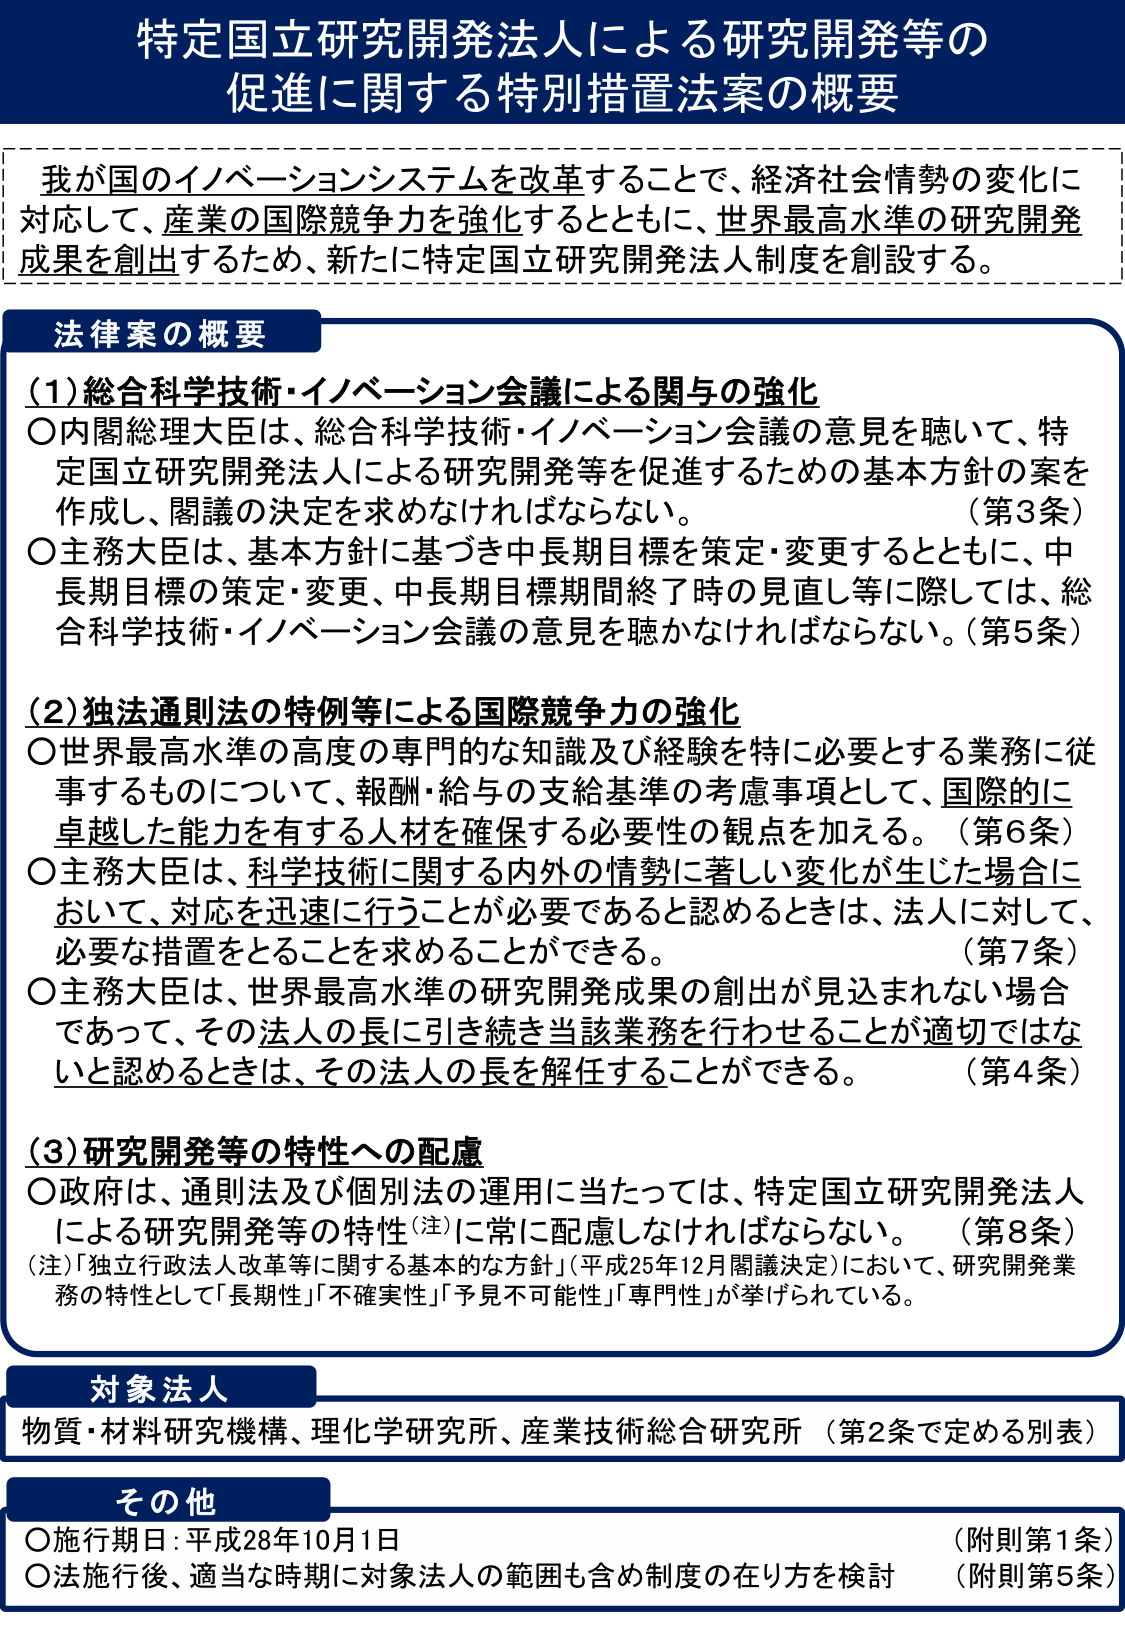
特定国立研究開発法人による研究開発等の
促進に関する特別措置法案の概要

我が国のイノベーションシステムを改革することで、経済社会情勢の変化に
対応して、産業の国際競争力を強化するとともに、世界最高水準の研究開発
成果を創出するため、新たに特定国立研究開発法人制度を創設する。

法律案の概要

(1) 総合科学技術・イノベーション会議による関与の強化
〇内閣総理大臣は、総合科学技術・イノベーション会議の意見を聴いて、特定国立研究開発法人による研究開発等を促進するための基本方針の案を作成し、閣議の決定を求めなければならない。（第3条）
〇主務大臣は、基本方針に基づき中長期目標を策定・変更するとともに、中長期目標の策定・変更、中長期目標期間終了時の見直し等に際しては、総合科学技術・イノベーション会議の意見を聴かなければならない。（第5条）

(2) 独法通則法の特例等による国際競争力の強化
〇世界最高水準の高度の専門的な知識及び経験を特に必要とする業務に従事するものについて、報酬・給与の支給基準の考慮事項として、国際的に卓越した能力を有する人材を確保する必要性の観点を加える。（第6条）
〇主務大臣は、科学技術に関する内外の情勢に著しい変化が生じた場合において、対応を迅速に行うことが必要であると認めるときは、法人に対して、必要な措置をとることを求めることができる。（第7条）
〇主務大臣は、世界最高水準の研究開発成果の創出が見込まれない場合であって、その法人の長に引き続き当該業務を行わせることが適切ではないと認めるときは、その法人の長を解任することができる。（第4条）

(3) 研究開発等の特性への配慮
〇政府は、通則法及び個別法の運用に当たっては、特定国立研究開発法人による研究開発等の特性（注）に常に配慮しなければならない。（第8条）
（注）「独立行政法人改革等に関する基本的な方針」（平成25年12月閣議決定）において、研究開発業務の特性として「長期性」「不確実性」「予見不可能性」「専門性」が挙げられている。

対象法人
物質・材料研究機構、理化学研究所、産業技術総合研究所 （第2条で定める別表）

その他
〇施行期日：平成28年10月1日 （附則第1条）
〇法施行後、適当な時期に対象法人の範囲も含め制度の在り方を検討 （附則第5条）